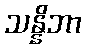
သန္နိဘာ